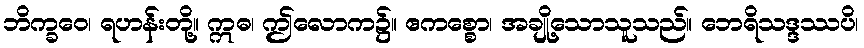
ဘိက္ခဝေ၊ ရဟန်းတို့။ ဣဓ၊ ဤလောက၌။ ဧကစ္စော၊ အချို့သောသူသည်။ ဘေရိသဒ္ဒဿပိ၊